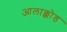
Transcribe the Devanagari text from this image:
आलाक्कोड